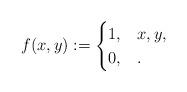
LaTeX: \begin{align*}f(x,y):=\begin{cases}1, &x,y,\\0, &.\end{cases}\end{align*}